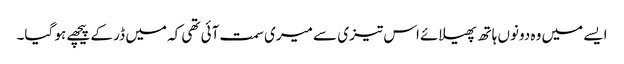
ایسے میں وہ دونوں ہاتھ پھیلائے اس تیزی سے میری سمت آئی تھی کہ میں ڈر کے پیچھے ہو گیا۔